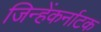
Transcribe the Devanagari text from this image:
जिन्हेंकर्नाटक